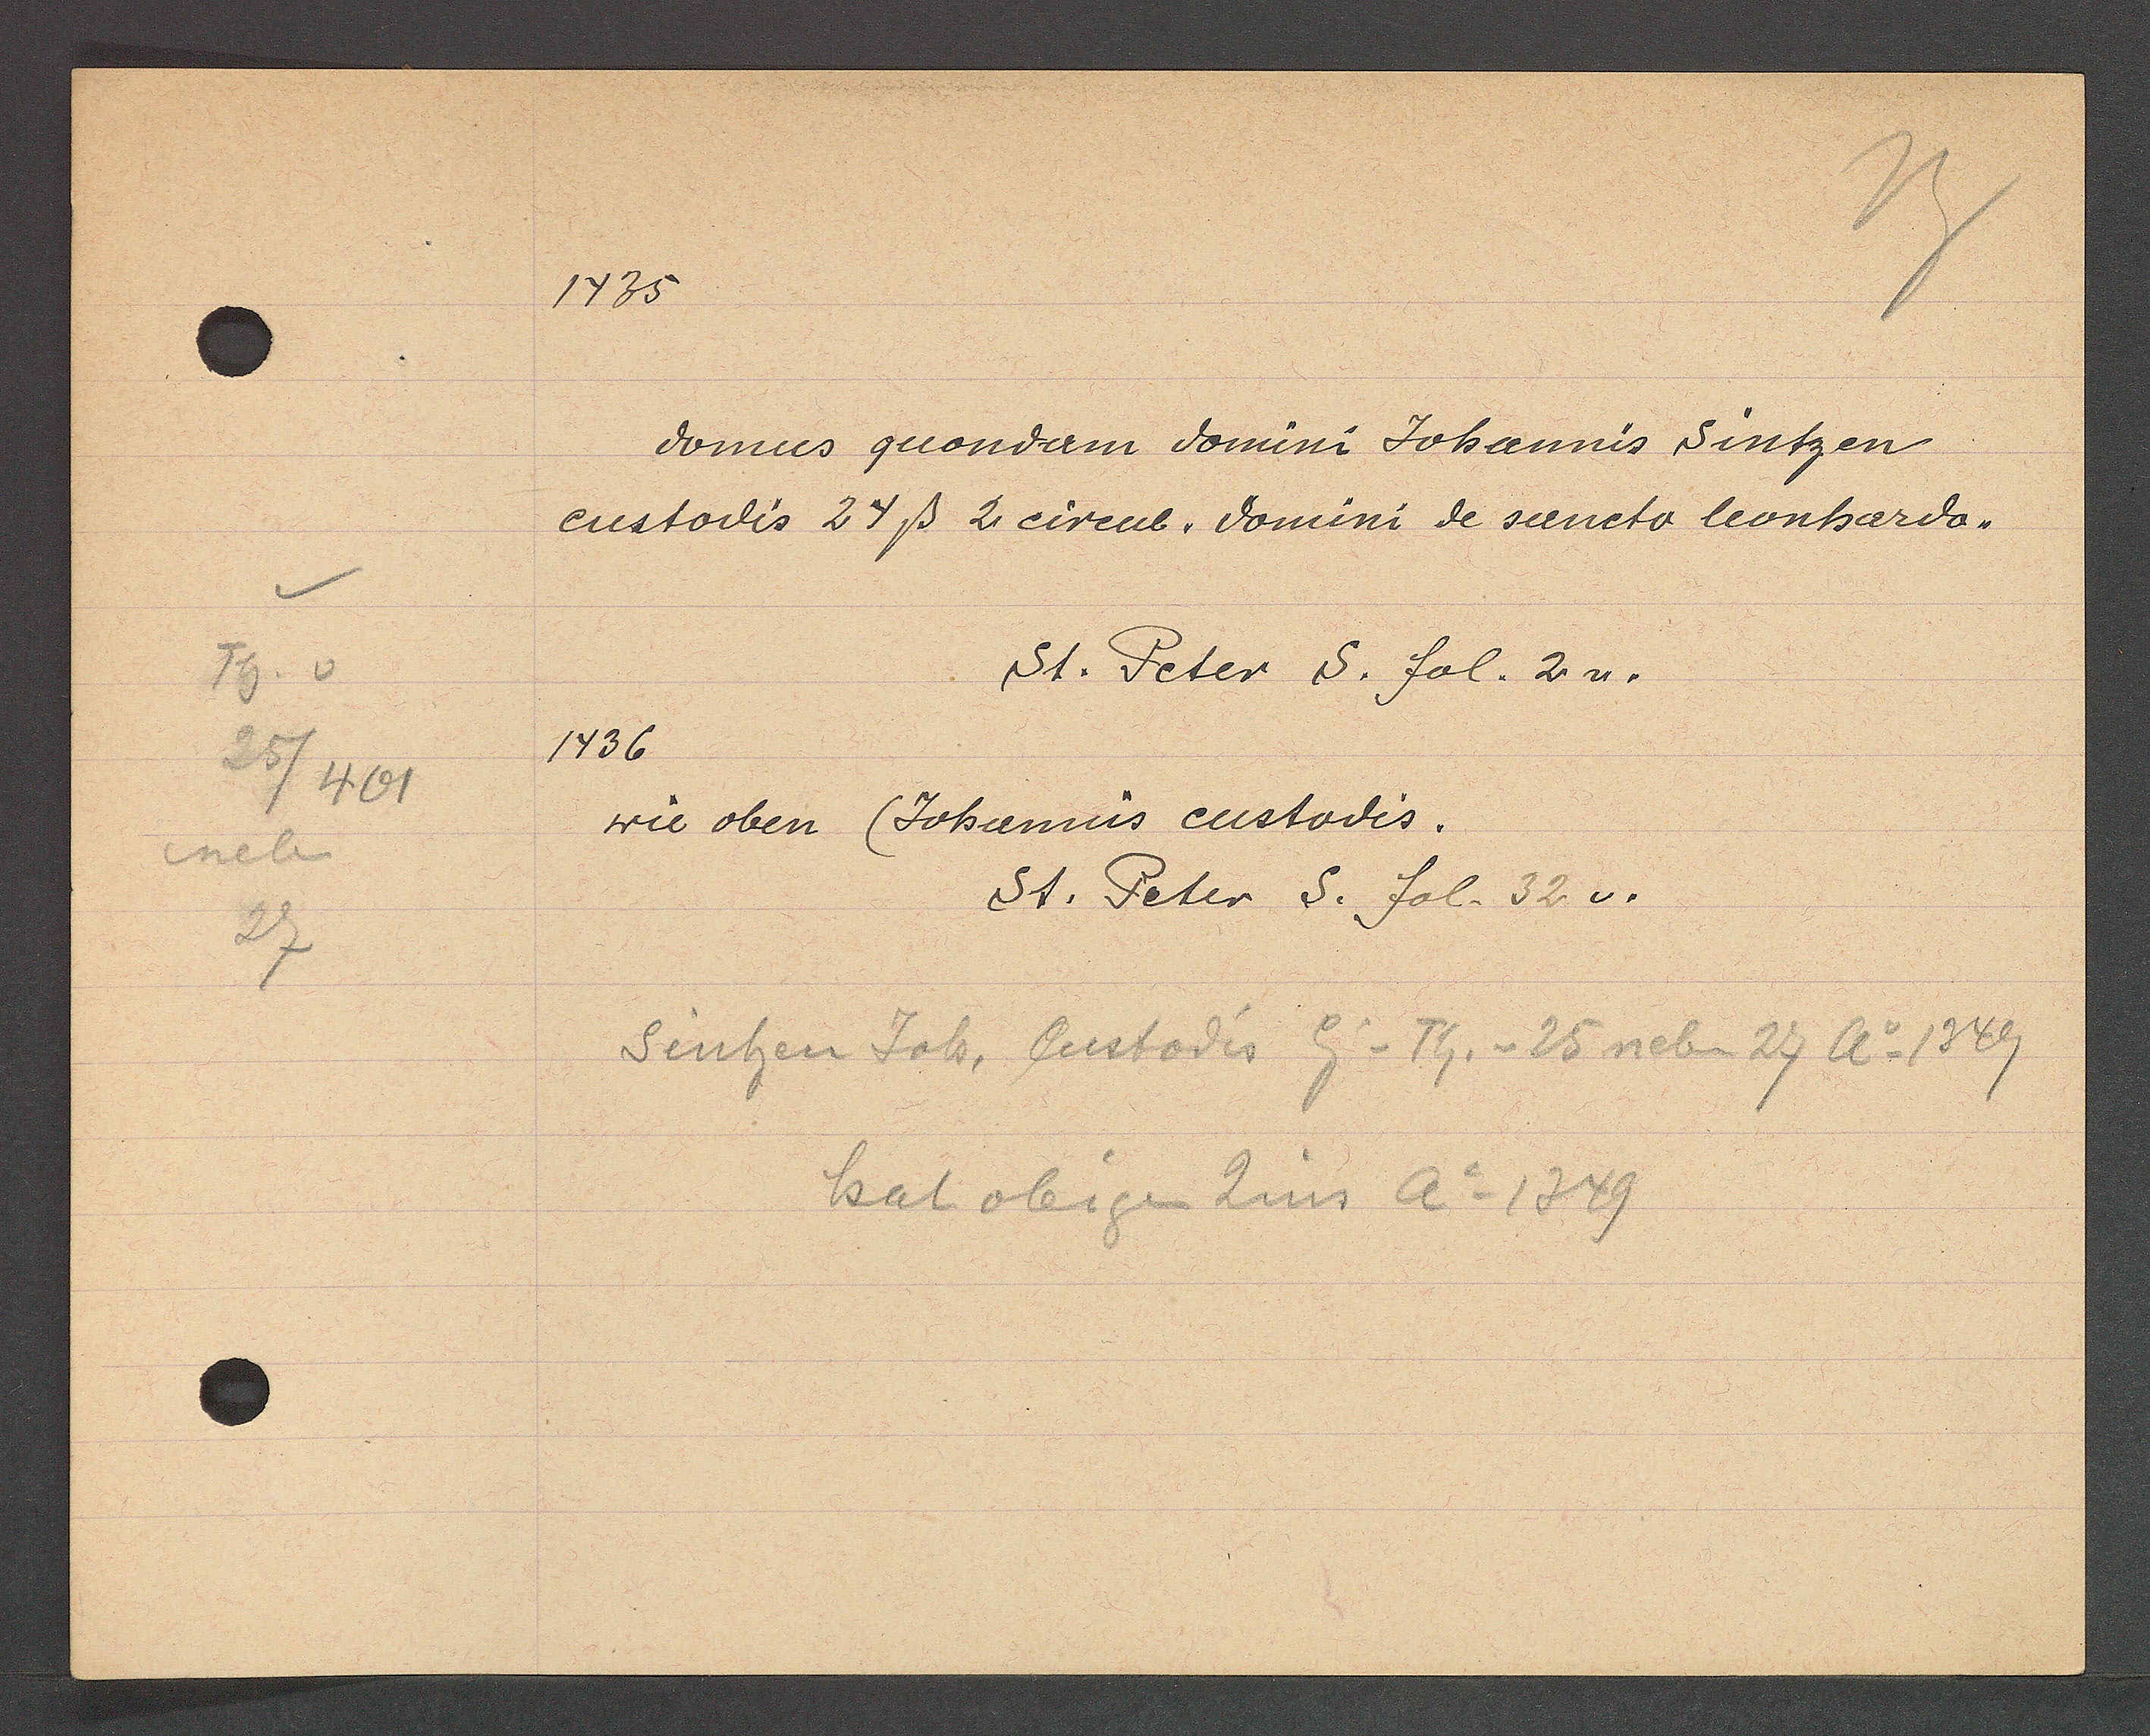
Transcript:
Th. v
25
5/401
neben
27

1435

domus guondam domini Johannis sintzen
custodis 24 ß 2 circul. domini de sancto leonhardo.

St. Peter S. fol. 2u.
1436
wie oben (Johannis custodis.
St. Peter  S. fol. 32 v.

Sintzen Joh. Custodis Eig v Th. v 25 neben 27 ao 1349
hat obigen Zins ao 1349